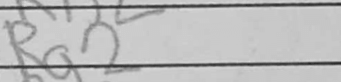
Transcription: Rg2